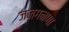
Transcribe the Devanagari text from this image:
जनगनणा